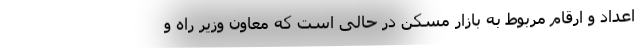
اعداد و ارقام مربوط به بازار مسکن در حالی است که معاون وزیر راه و